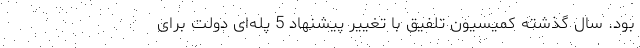
بود. سال گذشته کمیسیون تلفیق با تغییر پیشنهاد 5 پله‌ای دولت برای